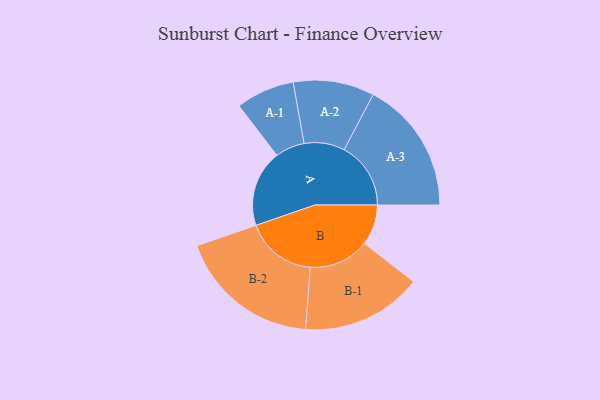
{"axis": {"x": "Segment", "y": "Value"}, "legend": ["", "A", "B"], "data": [{"x": "A", "y": 308, "type": ""}, {"x": "B", "y": 163, "type": ""}, {"x": "A-1", "y": 118, "type": "A"}, {"x": "A-2", "y": 163, "type": "A"}, {"x": "A-3", "y": 268, "type": "A"}, {"x": "B-1", "y": 243, "type": "B"}, {"x": "B-2", "y": 287, "type": "B"}]}